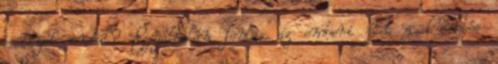
eséllyel indul? Egyáltalán fontos az emberi élet a küldetés